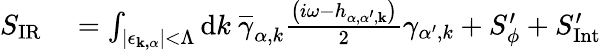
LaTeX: \begin{array}{rl}{S_{\mathrm{{IR}}}}&{{}=\int_{\left|\mathbf{\epsilon_{{k},\alpha}}\right|<\Lambda}\mathrm{d}{k}\ \overline{{\gamma}}_{\alpha,{k}}\frac{\left(i\omega-h_{\alpha,\alpha^{\prime},\mathbf{k}}\right)}{2}\gamma_{\alpha^{\prime},{k}}+S_{\phi}^{\prime}+S_{\mathrm{{Int}}}^{\prime}}\end{array}